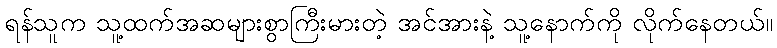
ရန်သူက သူ့ထက်အဆများစွာကြီးမားတဲ့ အင်အားနဲ့ သူ့နောက်ကို လိုက်နေတယ်။